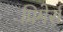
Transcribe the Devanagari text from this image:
प्रिमेर्स